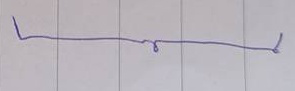
}